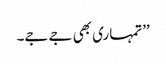
’’تمہاری بھی جے جے۔